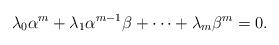
LaTeX: \begin{align*} \lambda_0\alpha^m+\lambda_1 \alpha^{m-1}\beta+\cdots +\lambda_m\beta^m=0. \end{align*}